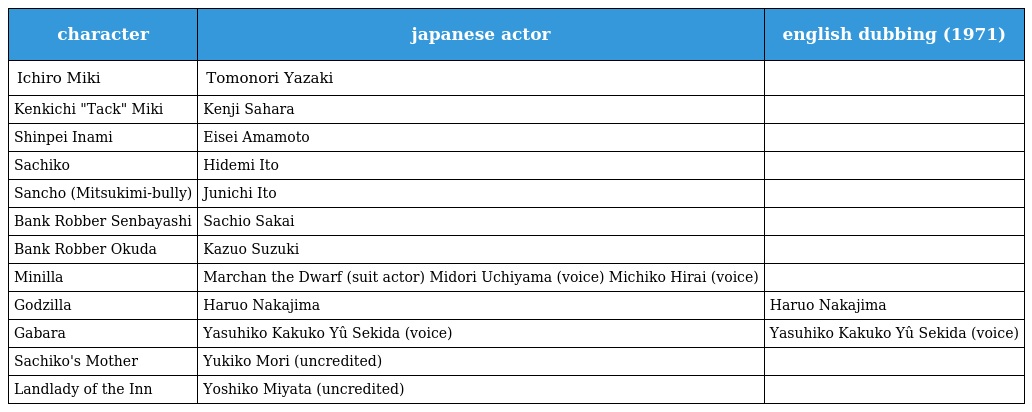
| character | japanese actor | english dubbing (1971) |
 | --- | --- | --- |
 | Ichiro Miki | Tomonori Yazaki |  |
 | Kenkichi "Tack" Miki | Kenji Sahara |  |
 | Shinpei Inami | Eisei Amamoto |  |
 | Sachiko | Hidemi Ito |  |
 | Sancho (Mitsukimi-bully) | Junichi Ito |  |
 | Bank Robber Senbayashi | Sachio Sakai |  |
 | Bank Robber Okuda | Kazuo Suzuki |  |
 | Minilla | Marchan the Dwarf (suit actor) Midori Uchiyama (voice) Michiko Hirai (voice) |  |
 | Godzilla | Haruo Nakajima | Haruo Nakajima |
 | Gabara | Yasuhiko Kakuko Yû Sekida (voice) | Yasuhiko Kakuko Yû Sekida (voice) |
 | Sachiko's Mother | Yukiko Mori (uncredited) |  |
 | Landlady of the Inn | Yoshiko Miyata (uncredited) |  |